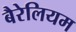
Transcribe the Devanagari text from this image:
बैरेलियम